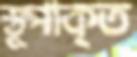
স্তূপাকৃত